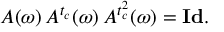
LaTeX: A ( \omega ) \, A ^ { t _ { c } } ( \omega ) \, A ^ { t _ { c } ^ { 2 } } ( \omega ) = { \bf I d } .